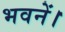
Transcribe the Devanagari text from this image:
भवनें।